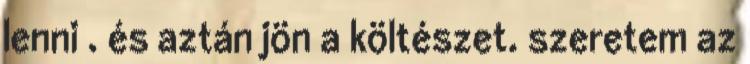
lenni . és aztán jön a költészet. szeretem az